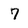
Character: 7